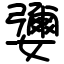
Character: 㜷